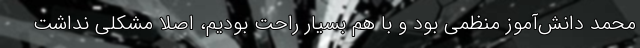
محمد دانش‌آموز منظمی بود و با هم بسیار راحت بودیم، اصلاً مشکلی نداشت